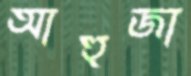
আহুজা